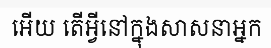
អើយ តើអ្វីនៅក្នុងសាសនាអ្នក